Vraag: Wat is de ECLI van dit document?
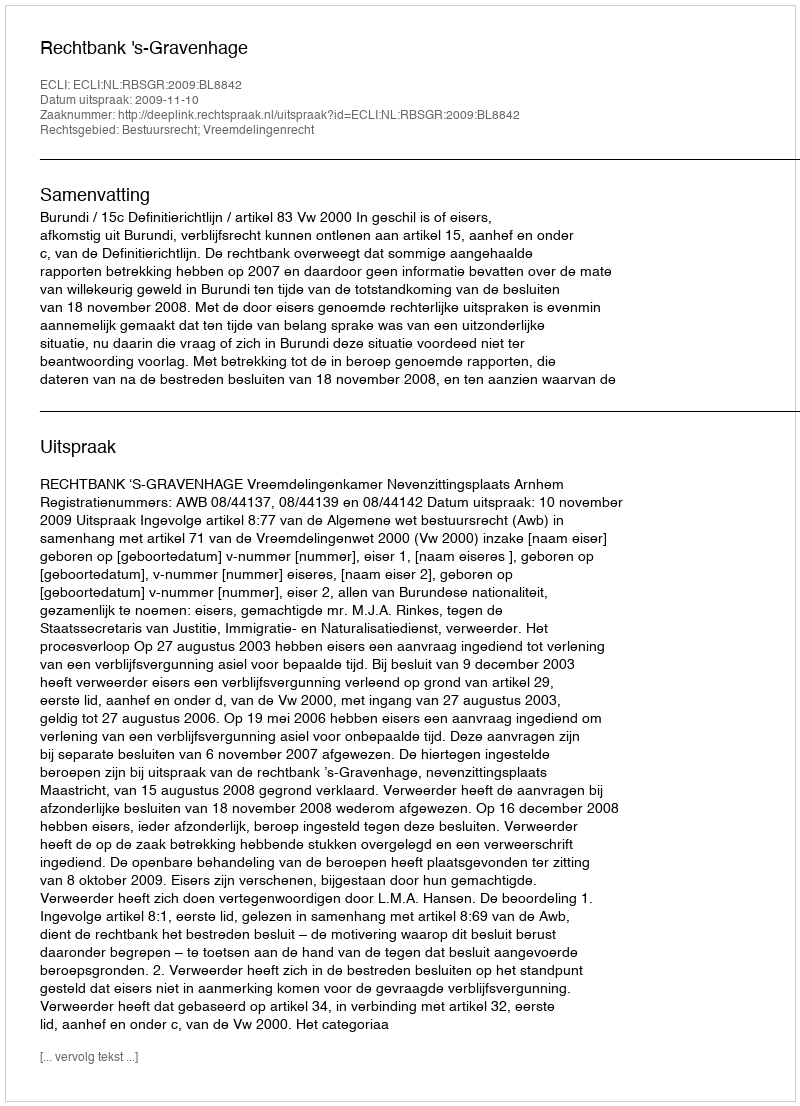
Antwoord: ECLI:NL:RBSGR:2009:BL8842